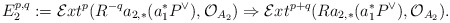
\begin{align*}E_2^{p,q}:=\mathcal{E}xt^p(R^{-q}a_{2,*}(a_1^*P^{\vee}),\mathcal{O}_{A_2})\Rightarrow \mathcal{E}xt^{p+q}(Ra_{2,*}(a_1^*P^{\vee}),\mathcal{O}_{A_2}).\end{align*}